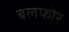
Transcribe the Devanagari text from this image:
बलफोर